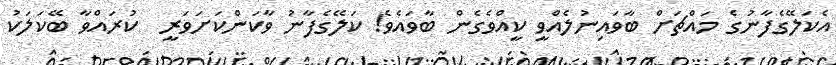
އެކަލޭގެފާނުގެ މައްޗަށް ބާވައިނުލެއްވީ ކީއްވެގެން ބާވައެވެ! ކަލޭގެފާނު ވާކަންކަަށަވަރީ  ކުރައްވާ ބޭކަލަކު